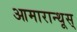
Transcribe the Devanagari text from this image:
आमारान्थूस्